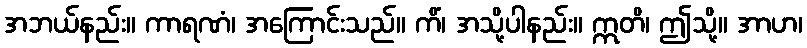
အဘယ်နည်း။ ကာရဏံ၊ အကြောင်းသည်။ ကိံ၊ အသို့ပါနည်း။ ဣတိ၊ ဤသို့။ အာဟ၊